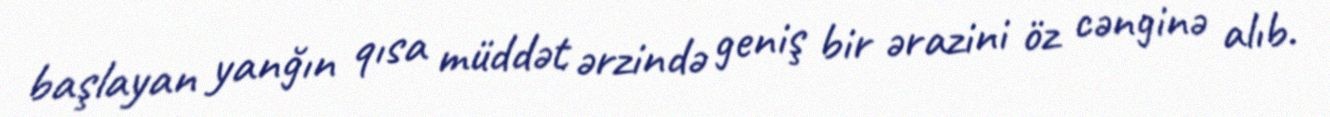
başlayan yanğın qısa müddət ərzində geniş bir ərazini öz cənginə alıb.